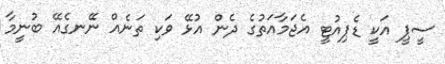
ސީޕީ އަކީ ޑެޕިއުޓީ އެޖަމާއަތުގެ ދެން އުޅޭ ވަކި ތަނެއް ނޭނގެއޭ ބުނީމާ